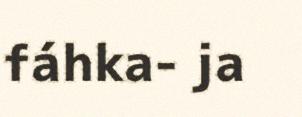
fáhka- ja